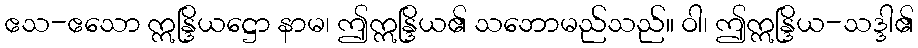
ဧသ-ဧသော ဣန္ဒြိယဋ္ဌော နာမ၊ ဤဣန္ဒြိယ၏ သဘောမည်သည်။ ဝါ၊ ဤဣန္ဒြိယ-သဒ္ဒါ၏